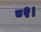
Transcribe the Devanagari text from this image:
८२।